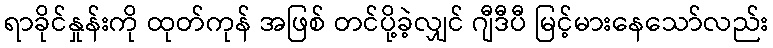
ရာခိုင်နှုန်းကို ထုတ်ကုန် အဖြစ် တင်ပို့ခဲ့လျှင် ဂျီဒီပီ မြင့်မားနေသော်လည်း